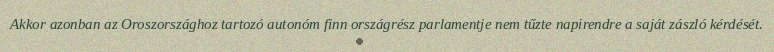
Akkor azonban az Oroszországhoz tartozó autonóm finn országrész parlamentje nem tűzte napirendre a saját zászló kérdését.